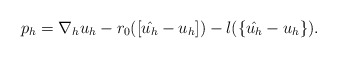
\begin{align*}p_h = \nabla_h u_h - r_0([\hat{u_h}-u_h]) - l(\{\hat{u_h}-u_h\}).\end{align*}